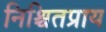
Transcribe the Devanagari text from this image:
निश्चितप्राय